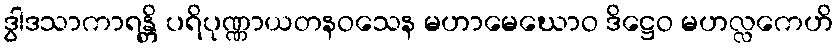
ဒွါဒသာကာရန္တိ ပရိပုဏ္ဏာယတနဝသေန မဟာမေဃောဝ ဒိဋ္ဌေဝ မဟလ္လကေဟိ